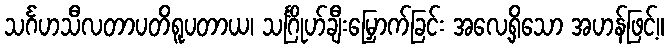
သင်္ဂဟသီလတာပတိရူပတာယ၊ သင်္ဂြိုဟ်ချီးမြှောက်ခြင်း အလေ့ရှိသော အဟန်ဖြင့်။